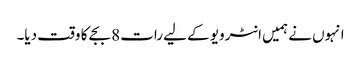
انہوں نے ہمیں انٹرویو کے لیے رات 8 بجے کا وقت دیا۔